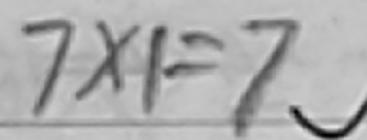
7 \times 1 = 7